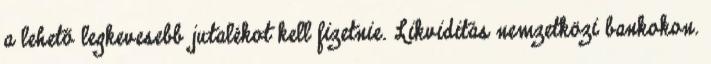
a lehető legkevesebb jutalékot kell fizetnie. Likviditás nemzetközi bankokon.